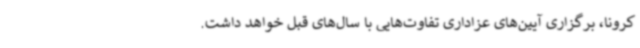
کرونا، برگزاری آیین‌های عزاداری تفاوت‌هایی با سال‌های قبل خواهد داشت.